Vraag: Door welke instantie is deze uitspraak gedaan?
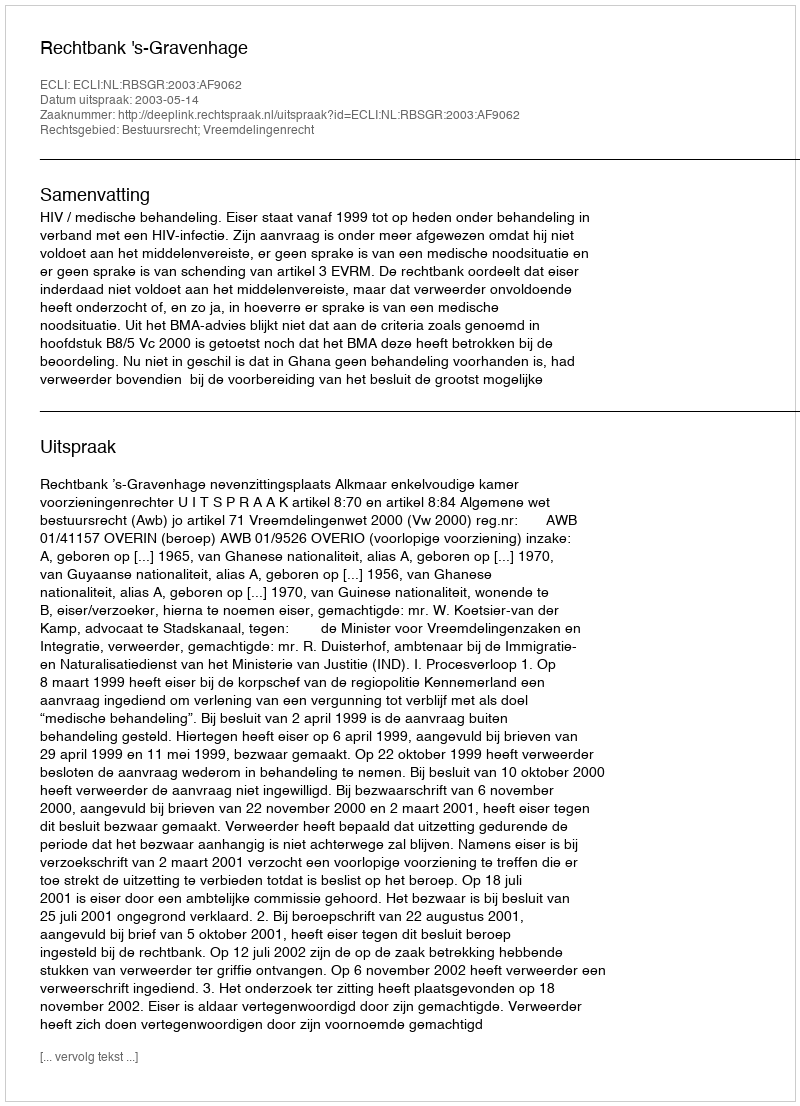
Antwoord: Rechtbank 's-Gravenhage